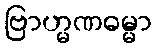
ဗြာဟ္မဏဓမ္မာ